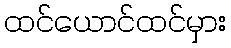
ထင်ယောင်ထင်မှား